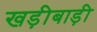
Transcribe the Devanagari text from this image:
खड़ीबाड़ी